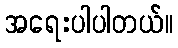
အရေးပါပါတယ်။